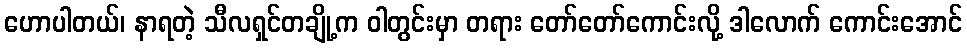
ဟောပါတယ်၊ နာရတဲ့ သီလရှင်တချို့က ဝါတွင်းမှာ တရား တော်တော်ကောင်းလို့ ဒါလောက် ကောင်းအောင်